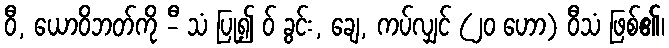
ဝီ, ယောဝိဘတ်ကို -ီ သံ ပြု၍ ဝ် ခွင်း, ချေ, ကပ်လျှင် (၂၀ ဟော) ဝီသံ ဖြစ်၏၊